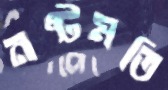
নষ্টমতি